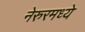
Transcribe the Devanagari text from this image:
नेरुरमध्ये